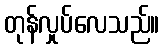
တုန်လှုပ်လေသည်။